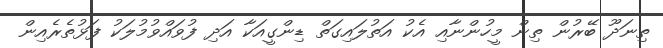
ތިނަދޫ ބޭރުން ތިން މީހުންނާއި އެކު އަތުލައިގަތް ޑިންގީއަކާ އަދި ފުވައްވުމުލަކު ފަޅުތެރެއިން